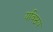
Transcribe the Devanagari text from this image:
यविष्ठय